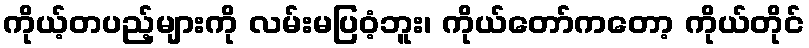
ကိုယ့်တပည့်များကို လမ်းမပြဝံ့ဘူး၊ ကိုယ်တော်ကတော့ ကိုယ်တိုင်